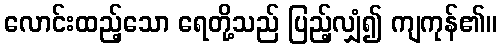
လောင်းထည့်သော ရေတို့သည် ပြည့်လျှံ၍ ကျကုန်၏။